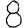
Digit: 8